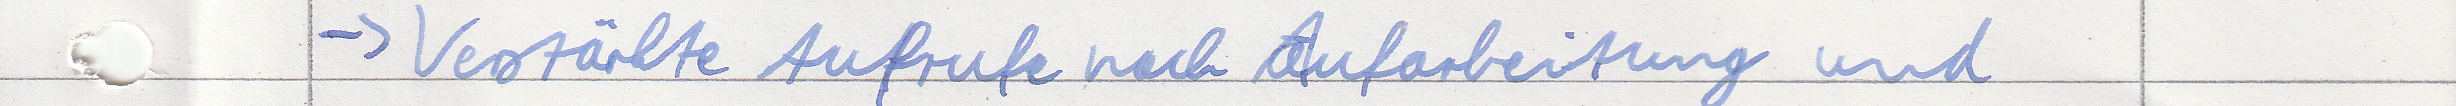
-> Verstärkte Aufrufe nach Aufarbeitung und